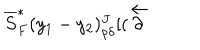
\overline { { { S } } } _ { F } ^ { * } ( y _ { 1 } - y _ { 2 } ) _ { \rho \delta } ^ { J } [ ( \overleftarrow { { \bf \partial } }